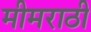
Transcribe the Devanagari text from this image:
मीमराठी